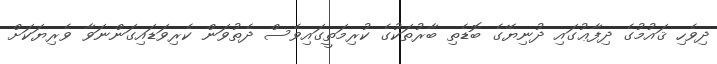
ދިވެހި ޤައުމުގެ ދިފާޢުގައި ދުނިޔޭގެ ބޮޑެތި ބާރުތަކުގެ ކުރިމަތީގައިވެސް ދެތުވަން ކެރިވަޑައިގަންނަވާ ވެރިޔަކަށް